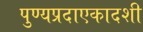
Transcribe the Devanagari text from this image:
पुण्यप्रदाएकादशी